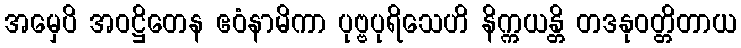
အမှေပိ အဝဋ္ဌိတေန ဧဝံနာမိကာ ပုဗ္ဗပုရိသေဟိ နိက္ကယန္တိ တဒနုဝတ္တိတာယ